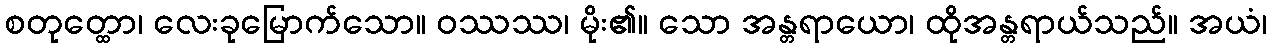
စတုတ္ထော၊ လေးခုမြောက်သော။ ဝဿဿ၊ မိုး၏။ သော အန္တရာယော၊ ထိုအန္တရာယ်သည်။ အယံ၊